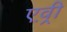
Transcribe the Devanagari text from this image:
एव़्री